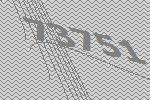
73751